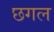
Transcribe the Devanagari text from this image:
छगल